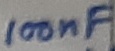
Text: 100nF